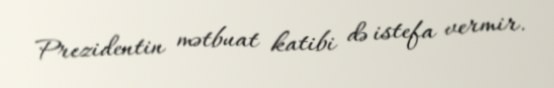
Prezidentin mətbuat katibi də istefa vermir.